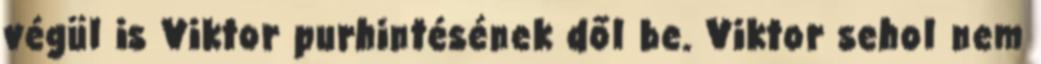
végül is Viktor purhintésének dől be. Viktor sehol nem